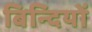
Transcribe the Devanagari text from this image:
बिन्दियों